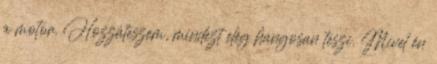
a motor. Hozzáteszem, mindezt elég hangosan teszi. Mivel én